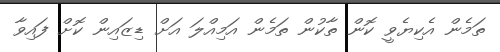
ތަމެން އެކިޔެވީ ކޮން ތާކުން ތަމެން އަމިއްލަ އަށް ޑިޒައިން ކޮށް ފައިވާ